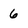
Character: 6